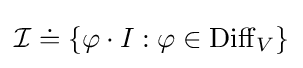
{\mathcal {I}}\doteq \{\varphi \cdot I:\varphi \in \operatorname {Diff} _{V}\}